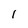
Character: 1